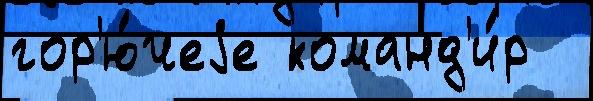
гор'ю́чеjе команд'и́р